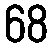
68